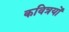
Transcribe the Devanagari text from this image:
कवित्रयों